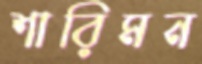
শারিমন